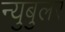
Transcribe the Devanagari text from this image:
न्‍युबुलर